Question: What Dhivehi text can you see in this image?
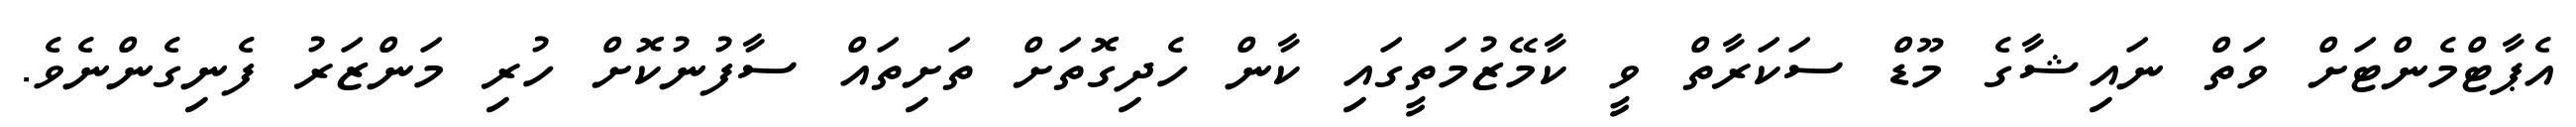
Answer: އެޕާޓްމެންޓަށް ވަތް ނައިޝާގެ މޫޑް ސަކަރާތް ވީ ކާމޭޒުމަތީގައި ކާން ހެދިގޮތަށް ތަށިތައް ސާފުނުކޮށް ހުރި މަންޒަރު ފެނިގެންނެވެ.